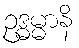
ဥဒ္ဓမ္မာနိ